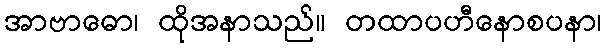
အာဗာဓော၊ ထိုအနာသည်။ တထာပဟီနောစပနာ၊